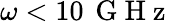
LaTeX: \omega<10\, \mathrm{~G~H~z~}